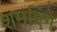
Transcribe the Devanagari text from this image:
शर्माएंगे